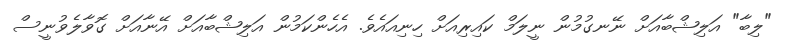
"ލިބާ" އަލިޝްބާއަށް ނޭނގުމުން ނީލަމް ކައިރިއަށް ހިނިއައެވެ. އެހެންކަމުން އަލިޝްބާއަށް އޭނާއަށް ގޮވާލެވުނީސް